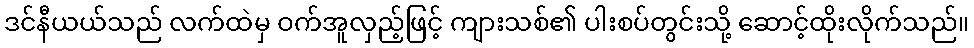
ဒင်နီယယ်သည် လက်ထဲမှ ဝက်အူလှည့်ဖြင့် ကျားသစ်၏ ပါးစပ်တွင်းသို့ ဆောင့်ထိုးလိုက်သည်။